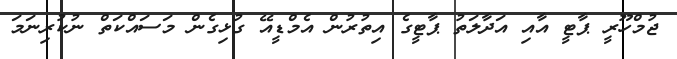
ޖުމްހޫރީ ޕާޓީ އާއި އަދާލަތު ޕާޓީގެ އިތުރުން އެމްޑީއޭ ގުޅިގެން މަސައްކަތް ނުކުރިނަމަ